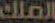
الملك